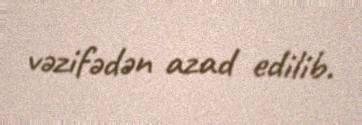
vəzifədən azad edilib.